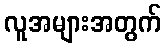
လူအများအတွက်